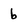
Character: b